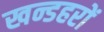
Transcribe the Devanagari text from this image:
खन्डहरों